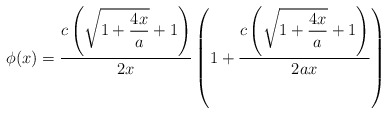
\begin{align*}\phi(x)=\frac{\displaystyle c\left(\sqrt{1+\frac{4x}{a}}+1\right)}{\displaystyle 2x}\left(1+\frac{\displaystyle c\left(\sqrt{1+\frac{4x}{a}}+1\right)}{\displaystyle 2ax}\right)\end{align*}